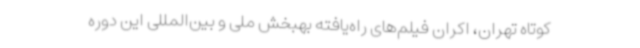
کوتاه تهران، اکران فیلم‌های راه‌یافته بهبخش ملی و بین‌المللی این دوره